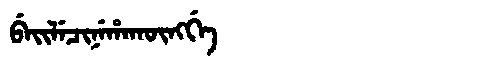
Manchu: ᠪᡝᡳᠯᡝᠴᡳᠨᡝᡥᠠᡴᡡᠩᡤᡝ
Romanization: BEILECINEHAKŪNGGE